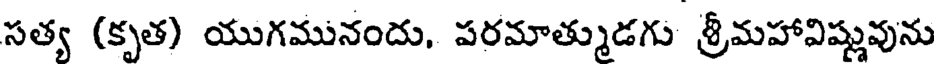
సత్య (కృత) యుగమునందు, పరమాత్ముడగు శ్రీమహావిష్ణువును